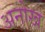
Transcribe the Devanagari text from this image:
अनोख